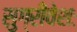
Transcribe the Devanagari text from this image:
सुग्रीवेशः